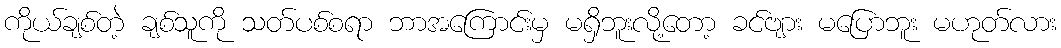
ကိုယ်ချစ်တဲ့ ချစ်သူကို သတ်ပစ်စရာ ဘာအကြောင်းမှ မရှိဘူးလို့တော့ ခင်ဗျား မပြောဘူး မဟုတ်လား